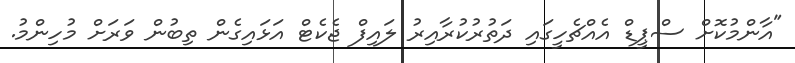
"އާންމުކޮށް ސްޕީޑް އެއްޗެހީގައި ދަތުރުކުރާއިރު ލައިފް ޖެކެޓް އަޅައިގެން ތިބުން ވަރަށް މުހިންމު.